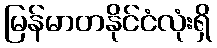
မြန်မာတနိုင်ငံလုံးရှိ